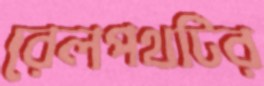
রেলপথটির